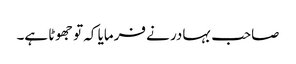
صاحب بہادر نے فرمایا کہ تو جھوٹا ہے۔